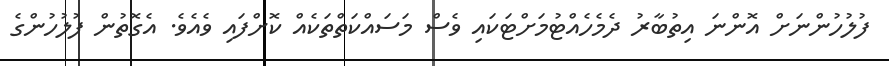
ފުލުހުންނަށް އޮންނަ އިތުބާރު ދެމެހެއްޓުމަށްޓަކައި ވެސް މަސައްކަތްތަކެއް ކޮށްފައި ވެއެވެ. އެގޮތުން ފުލުހުންގެ